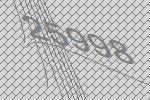
25998